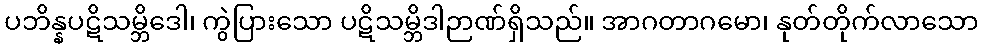
ပဘိန္နပဋိသမ္ဘိဒေါ၊ ကွဲပြားသော ပဋိသမ္ဘိဒါဉာဏ်ရှိသည်။ အာဂတာဂမော၊ နုတ်တိုက်လာသော